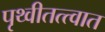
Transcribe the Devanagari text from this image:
पृथ्वीतत्त्वात